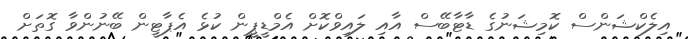
އިލެކްޝަންސް ކޮމިޝަނުގެ ޑާޓާބޭސް އާއި ލައިވްކޮށް އެމްޑީޕީން ކުޅެ އެޕާޓީން ބޭނުންވާ ގޮތަށް